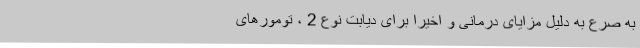
به صرع به دلیل مزایای درمانی و اخیراً برای دیابت نوع 2 ، تومورهای